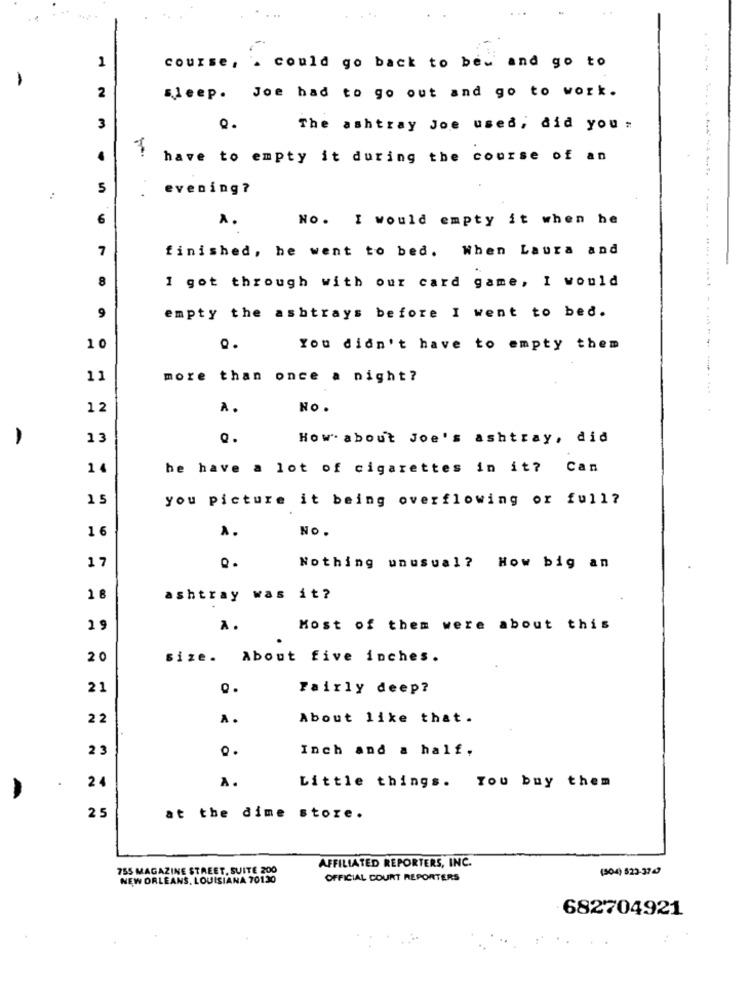
1
course, . could go back to bed and go to
2
sleep. Joe had to go out and go to work.
3
The ashtray Joe used, did you .
.
have to empty it during the course of an
5
evening?
6
A.
No. I would empty it when he
. ..
7
finished, he went to bed. When Laura and
8
I got through with our card game, I would
9
empty the ashtrays before I went to bed.
1 0
Q.
You didn't have to empty them
11
more than once a night?
1 2
À.
NO.
-
13
Q.
How about Joe's ashtray, did
1
he have a lot of cigarettes in it? Can
you picture it being overflowing or full?
1 6
No.
17
Q.
Nothing unusual? How big an
ashtray was it?
A.
Most of them were about this
2 0
size. About five inches.
21
Fairly deep?
22
A.
About like that.
2 3
Inch and a half.
24
A.
Little things. You buy them
25
at the dime store.
755 MAGAZINE STREET, SUITE 200
AFFILIATED REPORTERS, INC.
(504) 522-3747
NEW ORLEANS, LOUISIANA 70130
OFFICIAL COURT REPORTERS
682704921